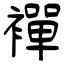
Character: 襌